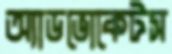
অ্যাডভোকেটস